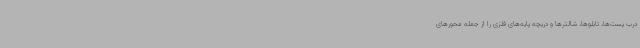
درب پست‌ها، تابلوها، شالترها و دریچه پایه‌های فلزی را از جمله محورهای